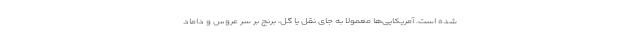
شده است. آمریکایی‌ها معمولاً به جای نقل یا گل، برنج بر سر عروس و داماد